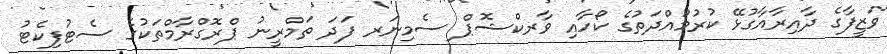
ވަޒީފާގެ ދާއިރާއާގުޅޭ ކުރުމުއްދަތުގެ ކޯހާއި ވާރކްޝޮޕް ސެމިނަރ ފަދަ ތަމްރީނު ޕްރޮގްރާމްތަކުގެ ސެޓުފިކެޓު